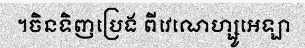
។ចិនទិញប្រេង ពីវេណេហ្សូអេឡា